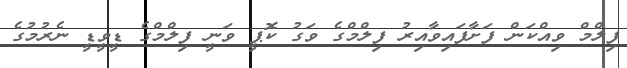
ފިލްމް ވިއްކަން ފަށާފައިވާއިރު ފިލްމްގެ ވަގު ކޮޕީ ވަނީ ފިލްމްގެ ޑީވީޑީ ނެރުމުގެ